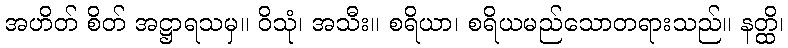
အဟိတ် စိတ် အဋ္ဌာရသမှ။ ဝိသုံ၊ အသီး။ စရိယာ၊ စရိယမည်သောတရားသည်။ နတ္ထိ၊